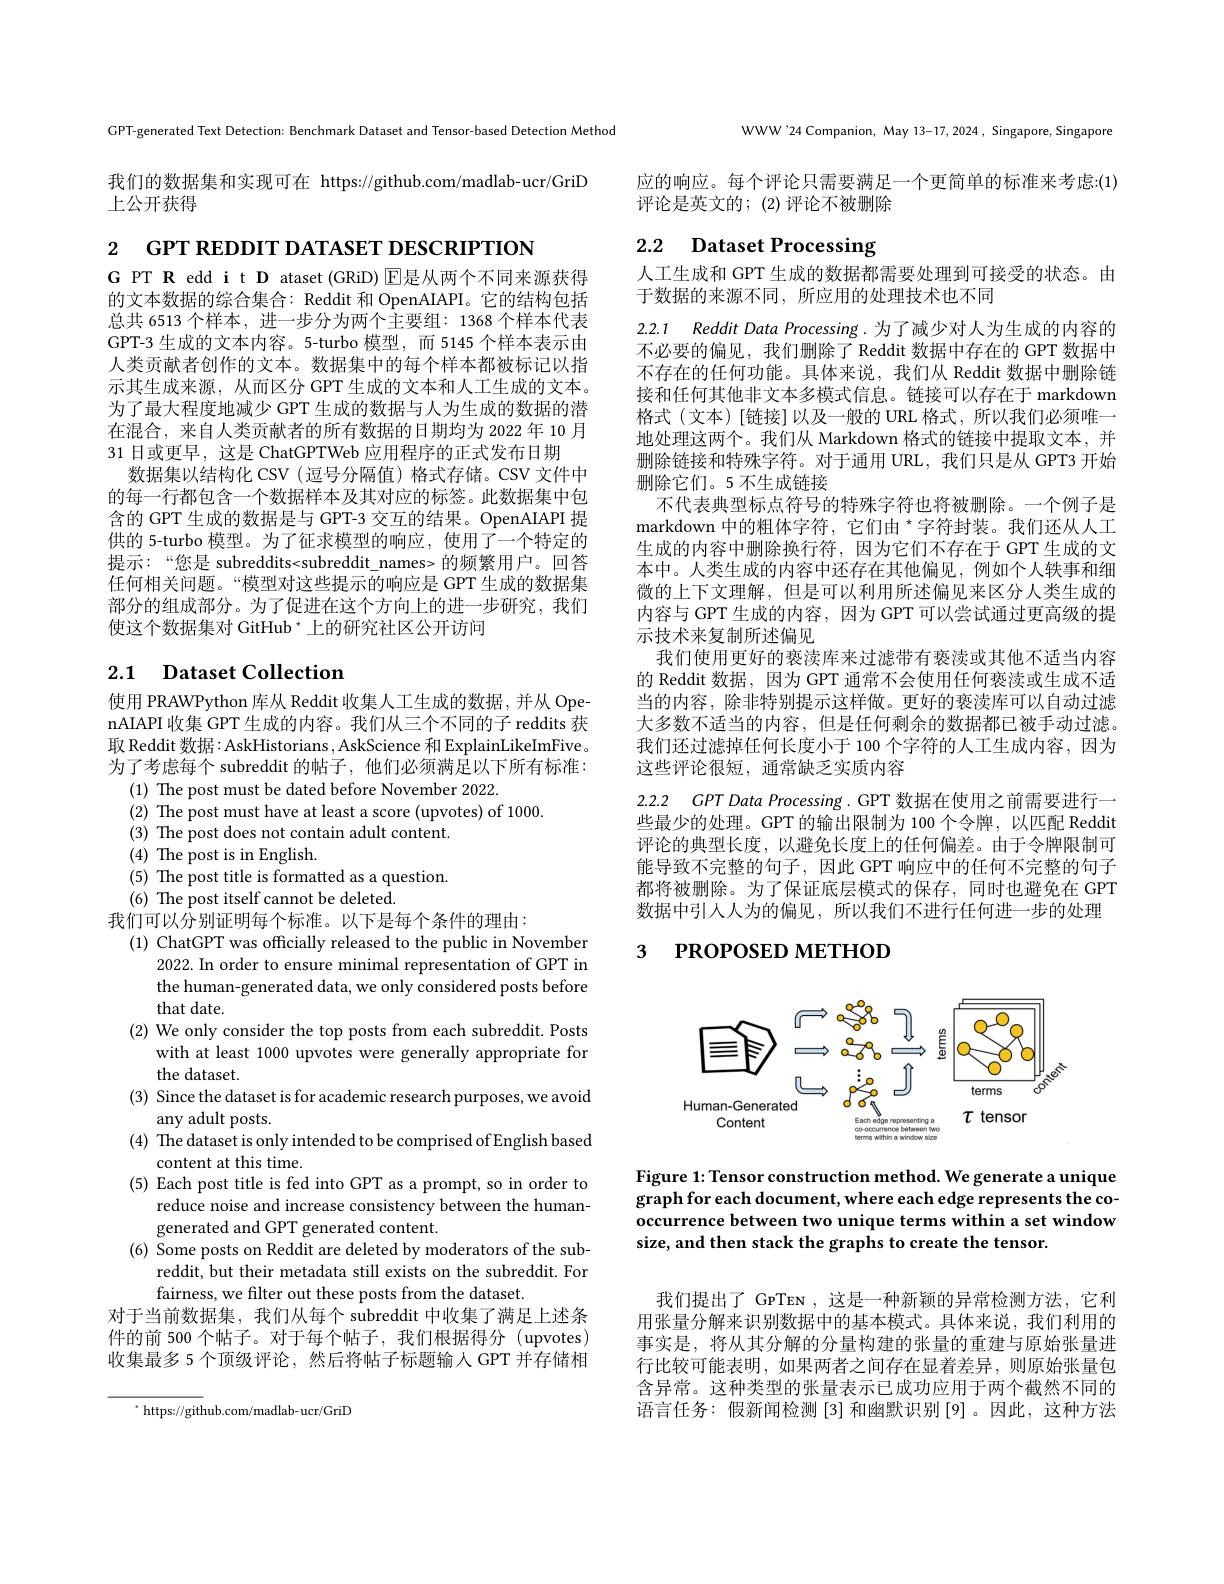
GPT-generated Text Detection: Benchmark Dataset and Tensor-based Detection Method

我们的数据集和实现可在 https://github.com/madlab-ucr/GriD
上公开获得

2 GPT REDDIT DATASET DESCRIPTION

G PT R edd i t D ataset (GRiD) E是从两个不同来源获得的文本数据的综合集合：Reddit 和 OpenAIAPI。它的结构包括总共 6513 个样本，进一步分为两个主要组：1368 个样本代表GPT-3 生成的文本内容。5-turbo 模型，而 5145 个样本表示由人类贡献者创作的文本。数据集中的每个样本都被标记以指示其生成来源，从而区分 GPT 生成的文本和人工生成的文本。为了最大程度地减少 GPT 生成的数据与人为生成的数据的潜在混合，来自人类贡献者的所有数据的日期均为 2022年 10 月31 日或更早，这是 ChatGPTWeb 应用程序的正式发布日期
数据集以结构化 CSV (逗号分隔值) 格式存储。CSV 文件中的每一行都包含一个数据样本及其对应的标签。此数据集中包含的 GPT 生成的数据是与 GPT-3 交互的结果。OpenAIAPI 提供的 5-turbo 模型。为了征求模型的响应，使用了一个特定的提示：“您是 subreddits<subreddit\_names> 的频繁用户。回答任何相关问题。“模型对这些提示的响应是 GPT 生成的数据集部分的组成部分。为了促进在这个方向上的进一步研究，我们使这个数据集对 GitHub * 上的研究社区公开访问

## 2.1 Dataset Collection

使用 PRAWPython 库从 Reddit 收集人工生成的数据，并从 OpenAIAPI 收集 GPT 生成的内容。我们从三个不同的子 reddits 获取 Reddit 数据：AskHistorians ,AskScience 和 ExplainLikeImFive。为了考虑每个 subreddit 的帖子，他们必须满足以下所有标准：
(1) The post must be dated before November 2022.
$(2){\mathrm{~The~post~must~have~at~least~a~score~(upvotes)~of~1000.}}$
(3) The post does not contain adult content.
(4) The post is in English.
(5) The post title is formatted as a question.
(6) The post itself cannot be deleted.
我们可以分别证明每个标准。以下是每个条件的理由：
(1) ChatGPT was officially released to the public in November
2022. In order to ensure minimal representation of GPT in the human-generated data, we only considered posts before that date.
(2) We only consider the top posts from each subreddit. Posts
with at least 1000 upvotes were generally appropriate for
the dataset.
(3) Since the dataset is for academic research purposes, we avoid
any adult posts.
(4) The dataset is only intended to be comprised of English based
content at this time.
(5) Each post title is fed into GPT as a prompt, so in order to
reduce noise and increase consistency between the human-
generated and GPT generated content.
(6) Some posts on Reddit are deleted by moderators of the sub-
reddit, but their metadata still exists on the subreddit. For
fairness, we filter out these posts from the dataset.
对于当前数据集，我们从每个 subreddit 中收集了满足上述条件的前 500 个帖子。对于每个帖子，我们根据得分 (upvotes) 收集最多 5 个顶级评论，然后将帖子标题输人 GPT 并存储相

 https: / / github. com/ madlab- ucr/ GriD

WWW'24 Companion, May 13-17, 2024 , Singapore, Singapore

应的响应。每个评论只需要满足一个更简单的标准来考虑：(1)
评论是英文的；(2) 评论不被删除

# 2.2 Dataset Processing

人工生成和 GPT 生成的数据都需要处理到可接受的状态。由
于数据的来源不同，所应用的处理技术也不同

2.2.1 Reddit Data Processing.为了减少对人为生成的内容的不必要的偏见，我们删除了 Reddit 数据中存在的 GPT 数据中不存在的任何功能。具体来说，我们从 Reddit 数据中删除链接和任何其他非文本多模式信息。链接可以存在于 markdown 格式(文本)[链接]以及一般的 URL 格式，所以我们必须唯一地处理这两个。我们从 Markdown 格式的链接中提取文本，并删除链接和特殊字符。对于通用 URL, 我们只是从 GPT3 开始删除它们。5 不生成链接
不代表典型标点符号的特殊字符也将被删除。一个例子是markdown 中的粗体字符，它们由 $^*$字符封装。我们还从人工生成的内容中删除换行符，因为它们不存在于 GPT 生成的文本中。人类生成的内容中还存在其他偏见，例如个人轶事和细微的上下文理解，但是可以利用所述偏见来区分人类生成的内容与 GPT 生成的内容，因为 GPT 可以尝试通过更高级的提示技术来复制所述偏见
我们使用更好的亵渎库来过滤带有亵渎或其他不适当内容的 Reddit 数据，因为 GPT 通常不会使用任何亵渎或生成不适当的内容，除非特别提示这样做。更好的亵渎库可以自动过滤大多数不适当的内容，但是任何剩余的数据都已被手动过滤。我们还过滤掉任何长度小于 100 个字符的人工生成内容，因为这些评论很短，通常缺乏实质内容

2.2.2 $CPT$ Data Processing. GPT 数据在使用之前需要进行一

些最少的处理。GPT 的输出限制为 100 个令牌，以匹配 Reddit 评论的典型长度，以避免长度上的任何偏差。由于令牌限制可能导致不完整的句子，因此 GPT 响应中的任何不完整的句子都将被删除。为了保证底层模式的保存，同时也避免在 GPT 数据中引人人为的偏见，所以我们不进行任何进一步的处理

# 3 РROPOSED METHOD

<FigureHere>

Figure 1: Tensor construction method. We generate a unique graph for each document, where each edge represents the cooccurrence between two unique terms within a set window size, and then stack the graphs to create the tensor.

我们提出了 GpTEN ,这是一种新颖的异常检测方法，它利用张量分解来识别数据中的基本模式。具体来说，我们利用的事实是，将从其分解的分量构建的张量的重建与原始张量进行比较可能表明，如果两者之间存在显着差异，则原始张量包含异常。这种类型的张量表示已成功应用于两个截然不同的语言任务：假新闻检测[3]和幽默识别[9]。因此，这种方法